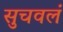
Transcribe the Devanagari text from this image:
सुचवलं